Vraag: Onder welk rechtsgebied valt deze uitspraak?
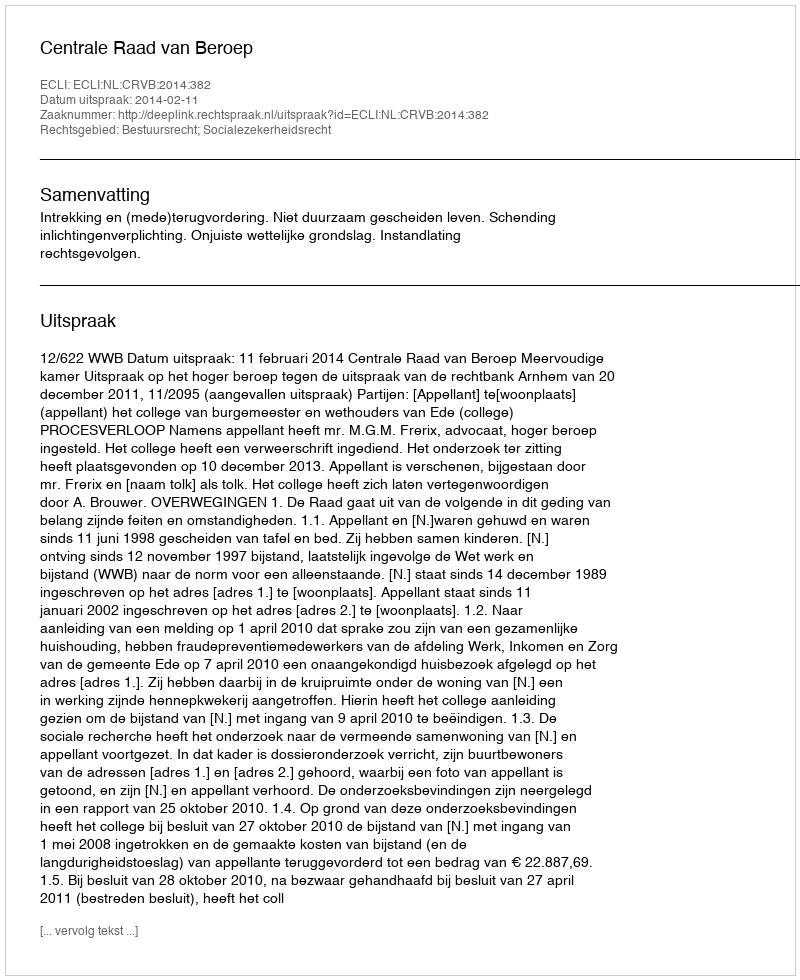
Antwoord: Bestuursrecht; Socialezekerheidsrecht